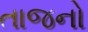
તાજનો